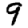
Digit: 9